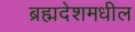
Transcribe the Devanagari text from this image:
ब्रह्मदेशमधील